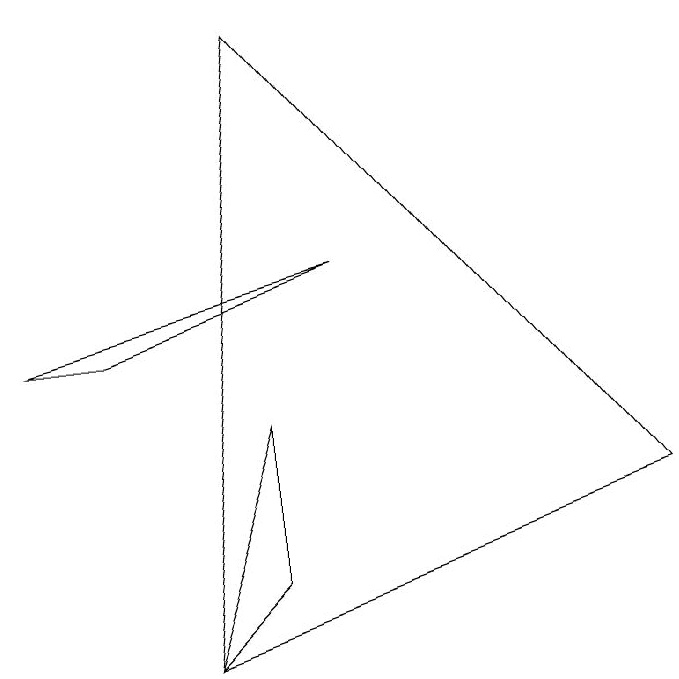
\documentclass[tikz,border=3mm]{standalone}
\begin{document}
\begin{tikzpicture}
\draw (4,9) -- (3,1) -- (9,3) -- cycle;
\draw (3,1) -- (4,4) -- (4,2) -- cycle;
\draw (5,6) -- (1,5) -- (2,5) -- cycle;
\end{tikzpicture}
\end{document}